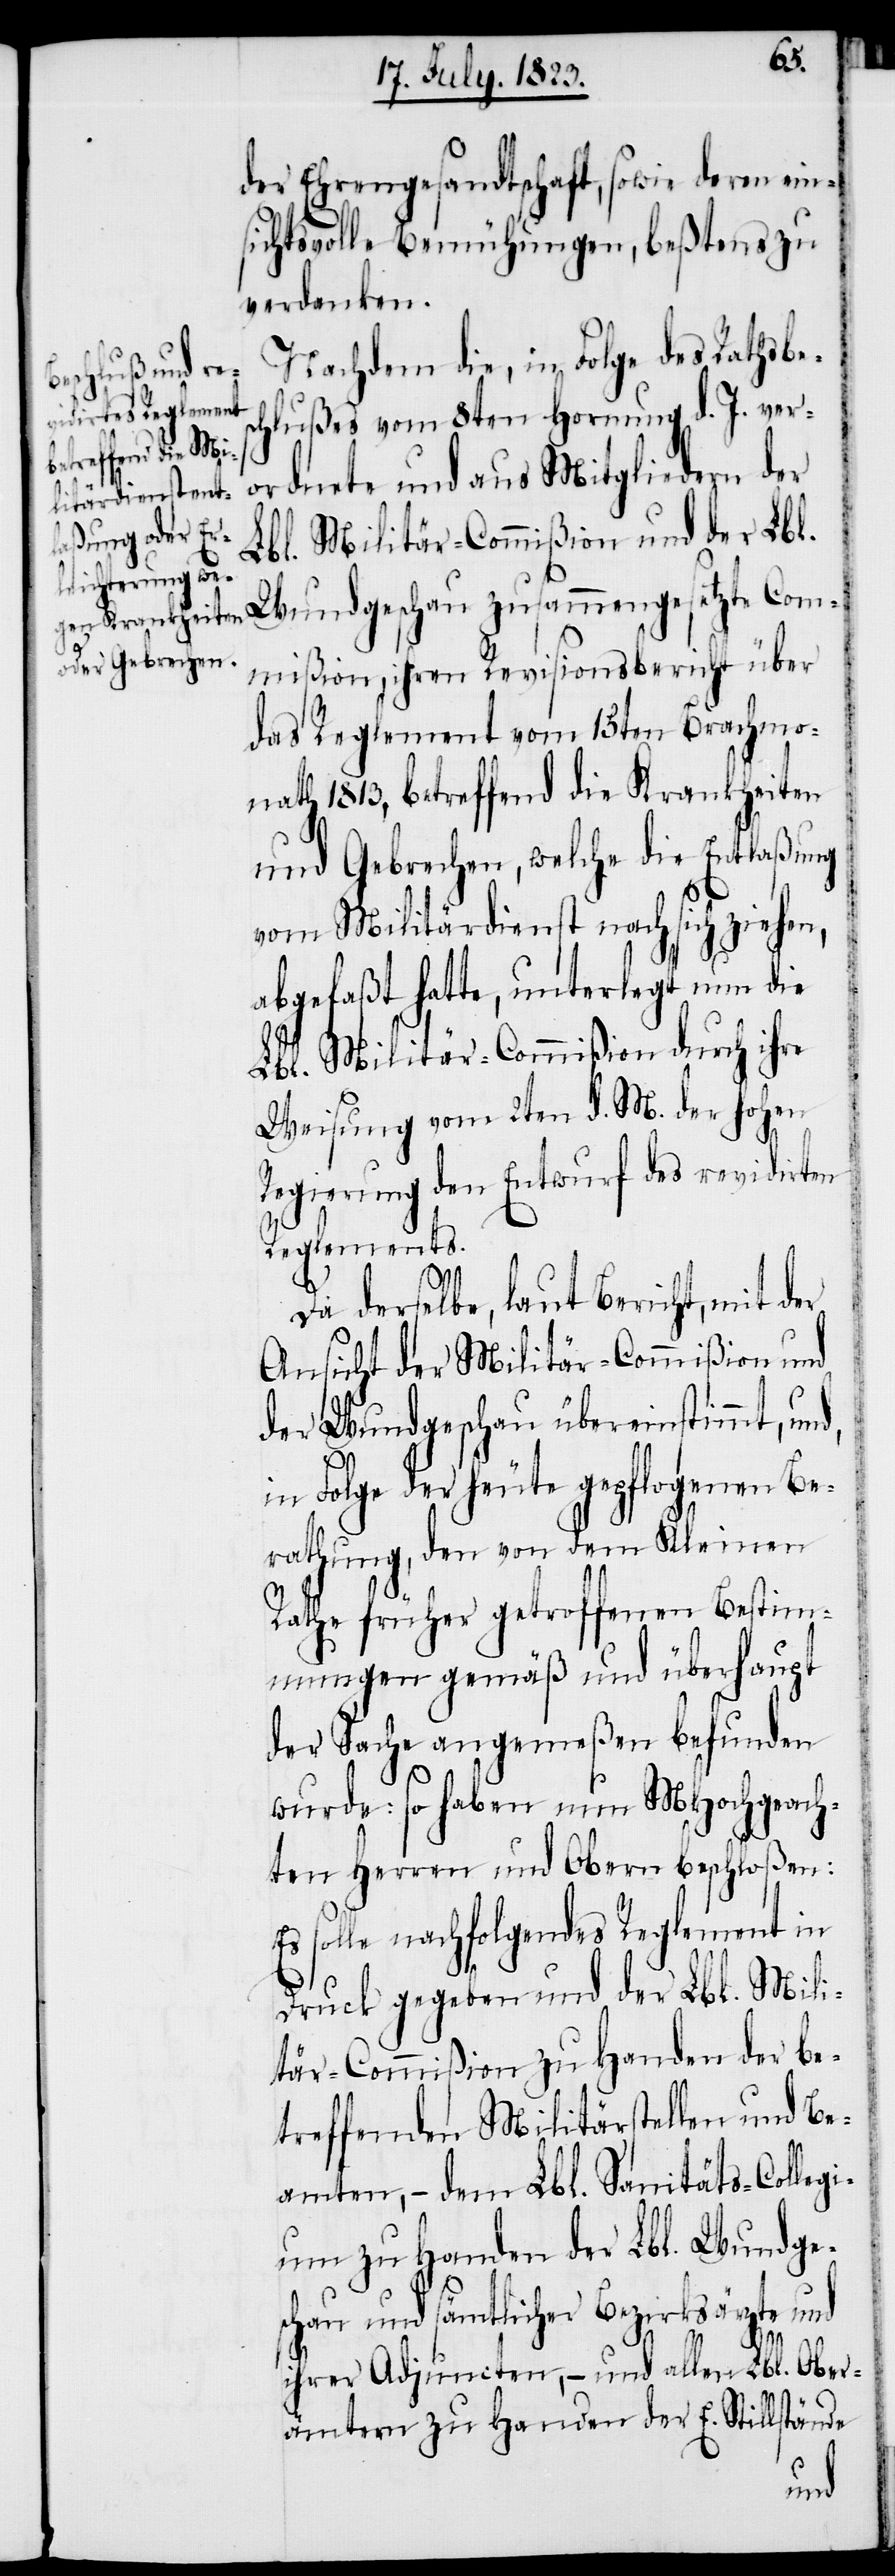
der Ehrengesandtschaft, sowie deren ein¬
sichtsvolle Bemühungen, beßtens zu
verdanken.
Nachdem die, in Folge des Rathsbes¬
chlußes vom 8ten Hornung d. J. ver¬
ordnete und aus Mitgliedern der
Lbl. Militär-Commißion und der Lbl.
Wundgeschau zusammengesetzte Com¬
mißion, ihren Revisionsbericht über
das Reglement vom 15ten Brachmo¬
nath 1813, betreffend die Krankheiten
und Gebrechen, welche die Entlaßung
vom Militärdienst nach sich ziehen,
abgefaßt hatte, unterlegt nun die
Lbl. Militär-Commißion durch ihre
Weisung vom 2ten d. M. der hohen
Regierung den Entwurf des revidirten
Reglements.
Da derselbe, laut Bericht, mit der
Ansicht der Militär-Commißion und
der Wundgeschau übereinstimmt, und,
in Folge der heute gepflogenen Be¬
rathung, den von dem Kleinen
Rathe früher getroffenen Bestimm¬
ungen gemäß und überhaupt
der Sache angemeßen befunden
wurde: so haben nun MHochgeach¬
ten Herren und Obern beschloßen:
Es solle nachfolgendes Reglement in
Druck gegeben und der Lbl. Mili¬
tär-Commißion zu Handen der be¬
treffenden Militärstellen und Be¬
amten, − dem Lbl. Sanitäts-Collegi¬
um zu Handen der Lbl. Wundge¬
schau und sämtlicher Bezirksärzte und
ihrer Adjuncten, − und allen Lbl. Ober¬
ämtern zu Handen der E. Stillstände